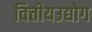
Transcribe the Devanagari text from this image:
वित्तीयउद्योग